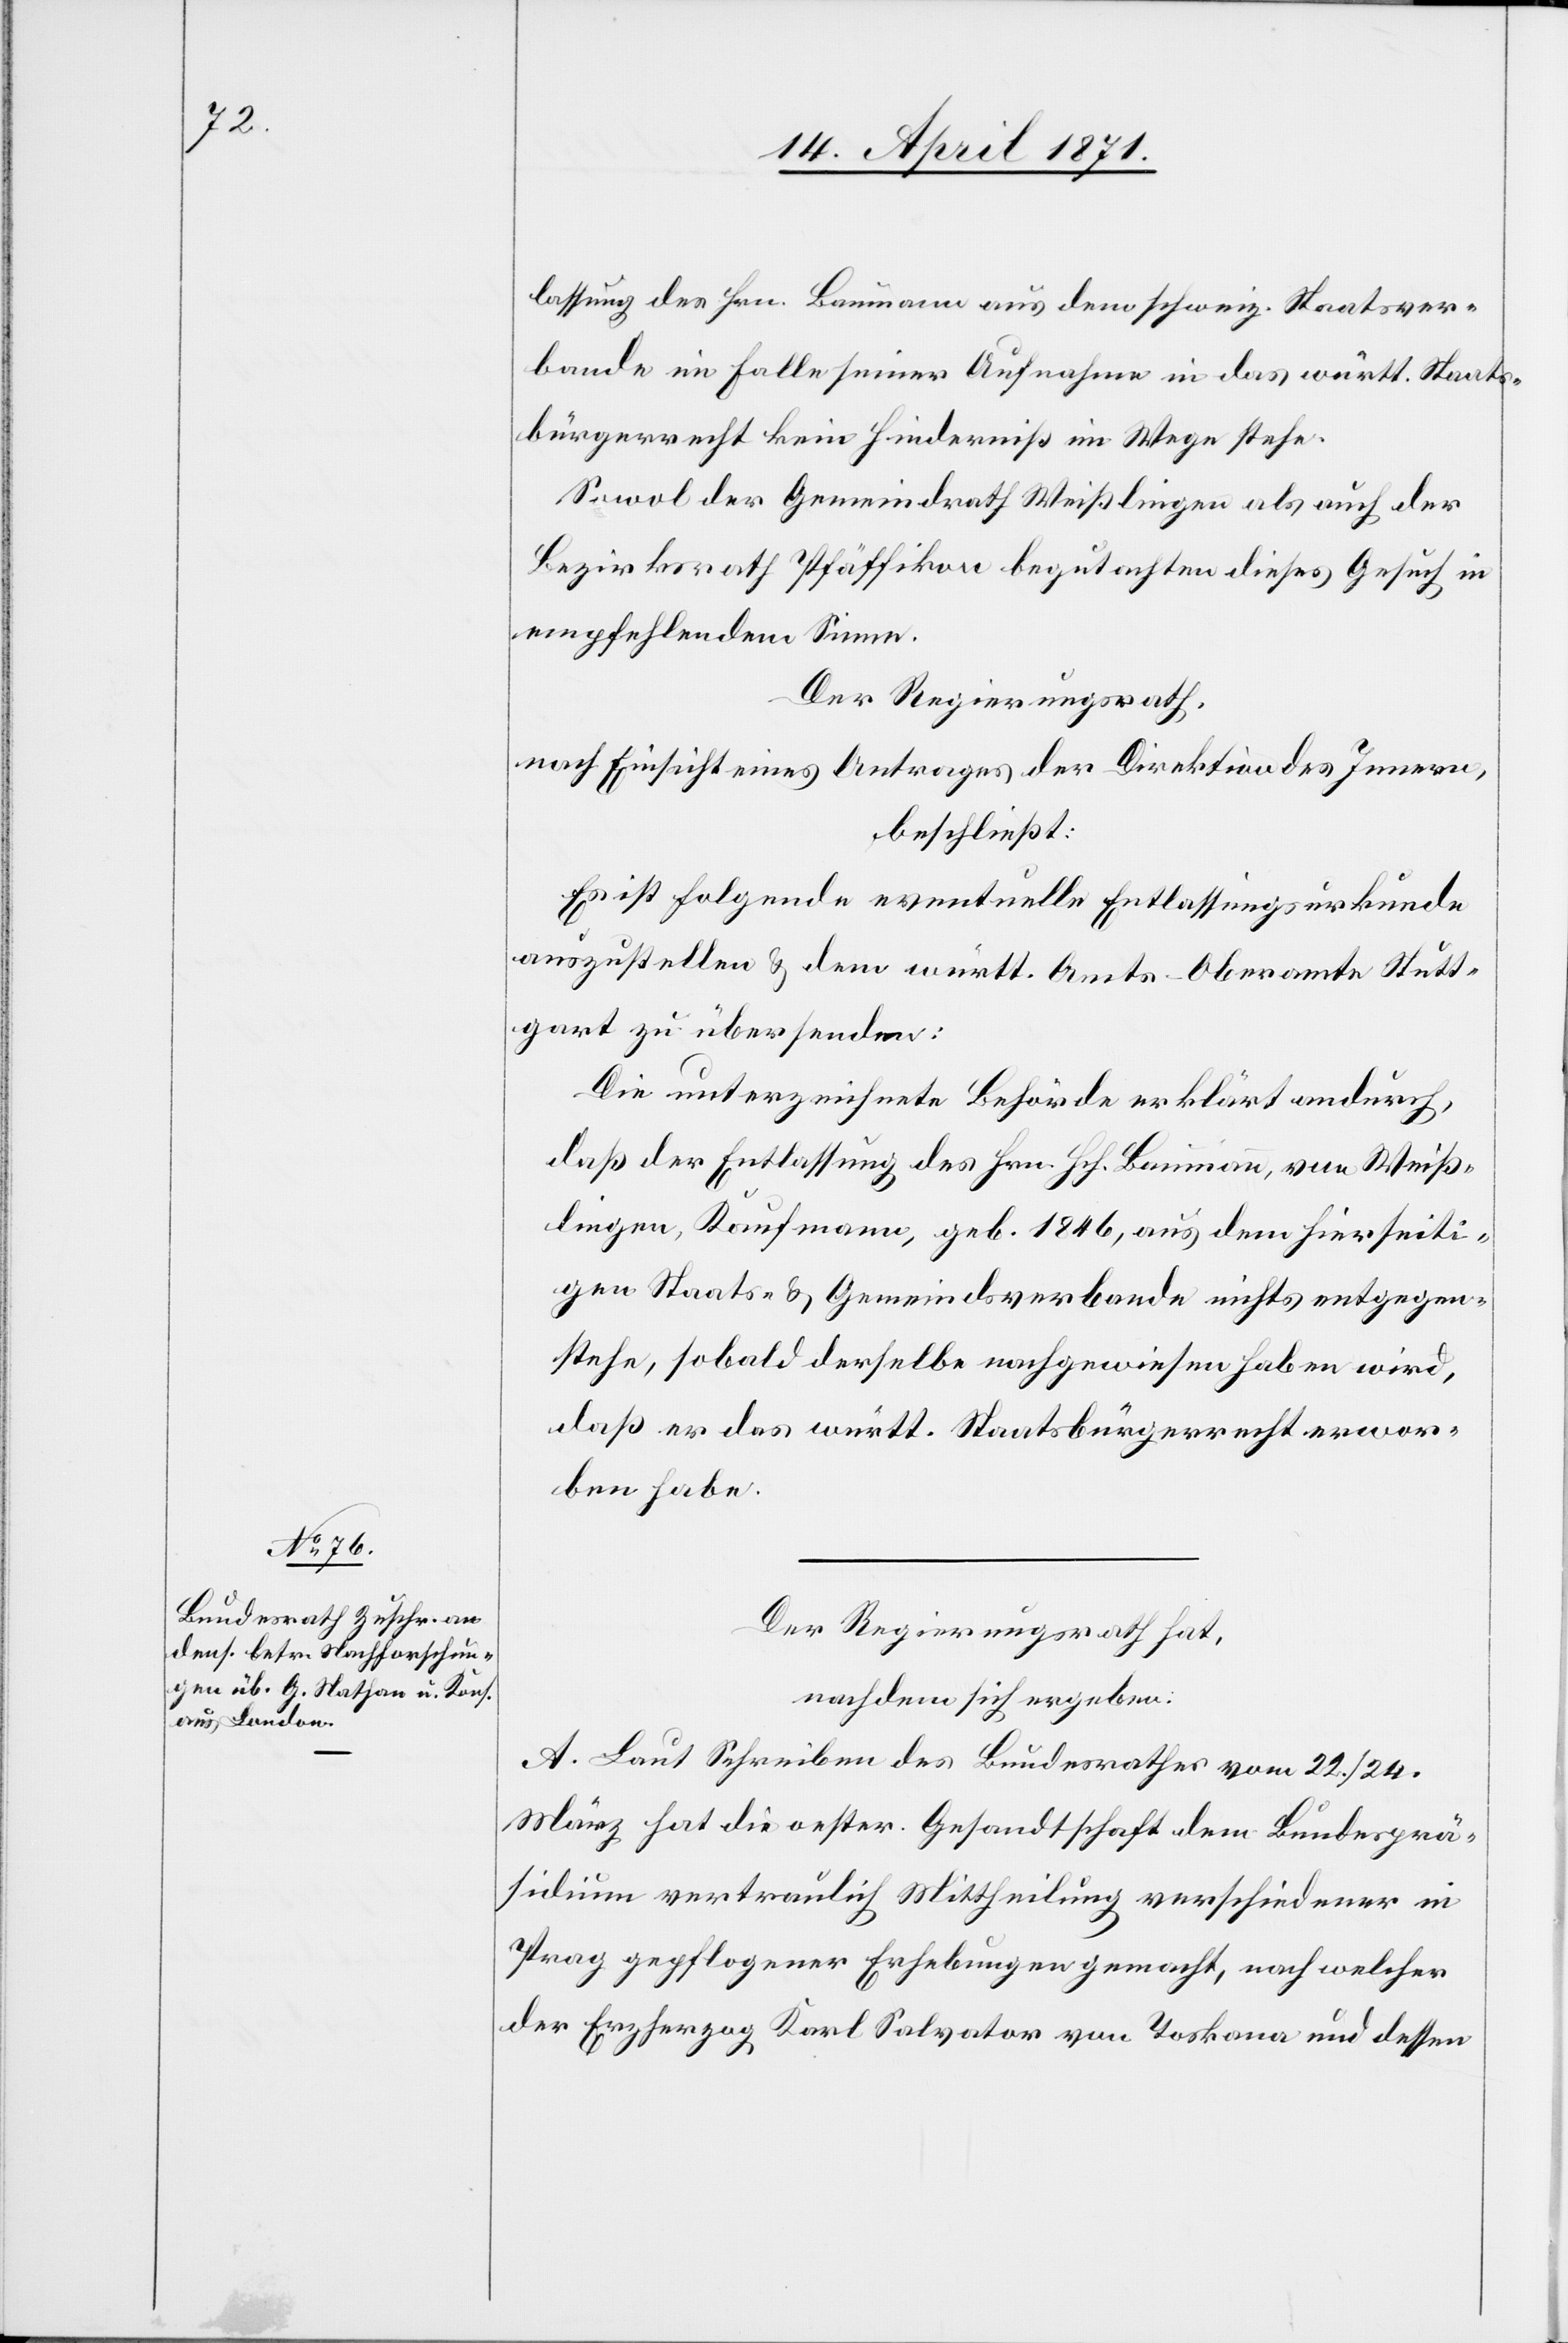
lassung des Hrn. Baumann aus dem schweiz. Staatsver¬
bande im Falle seiner Aufnahme in das württ. Staats¬
bürgerrecht kein Hinderniß im Wege stehe.
Sowol der Gemeindrath Weißlingen als auch der
Bezirksrath Pfäffikon begutachten dieses Gesuch in
empfehlendem Sinne.
Der Regierungsrath,
nach Einsicht eines Antrages der Direktion des Innern,
beschließt:
Es ist folgende eventuelle Entlassungsurkunde
auszustellen u. dem württ. Amts-Oberamte Stutt¬
gart zu übersenden:
Die unterzeichnete Behörde erklärt andurch,
daß der Entlassung des Hrn. Hch. Baumann, von Weiß¬
lingen, Kaufmann, geb. 1846, aus dem hierseiti¬
gen Staats- u. Gemeindsverbande nichts entgegen¬
stehe, sobald derselbe nachgewiesen haben wird,
daß er das württ. Staatsbürgerrecht erwor¬
ben habe.
Der Regierungsrath hat,
nachdem sich ergeben:
A. Laut Schreiben des Bundesrathes vom 22. / 24.
März hat die oester. Gesandtschaft dem Bundesprä¬
sidium vertraulich Mittheilung verschiedener in
Prag gepflogener Erhebungen gemacht, nach welcher
der Erzherzog Karl Salvator von Toskana und dessen